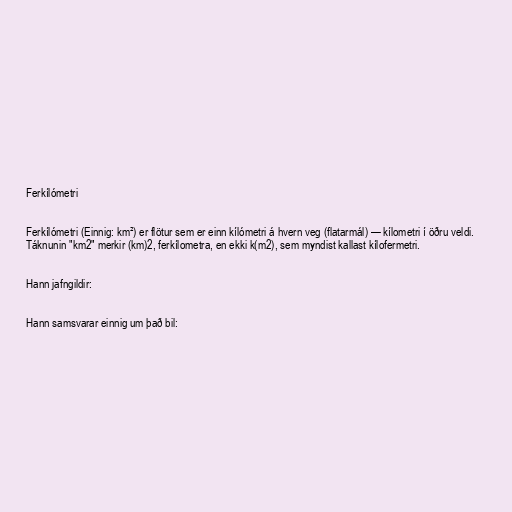
Ferkílómetri

Ferkílómetri (Einnig: km²) er flötur sem er einn kílómetri á hvern veg (flatarmál) — kílometri í öðru veldi.
Táknunin "km2" merkir (km)2, ferkílometra, en ekki k(m2), sem myndist kallast kílofermetri.

Hann jafngildir:

Hann samsvarar einnig um það bil: